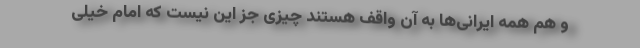
و هم همه ایرانی‌ها به آن واقف هستند چیزی جز این نیست که امام خیلی